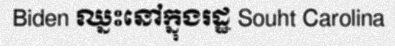
Biden ឈ្នះនៅក្នុងរដ្ឋ Souht Carolina